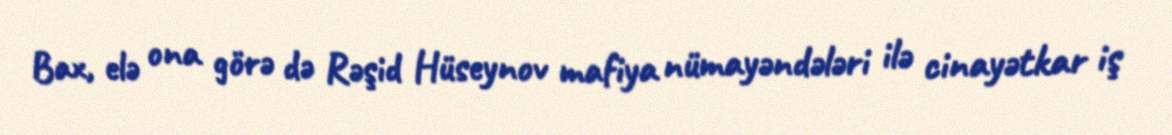
Bax, elə ona görə də Rəşid Hüseynov mafiya nümayəndələri ilə cinayətkar iş